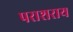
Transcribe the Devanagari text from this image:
पराशराय